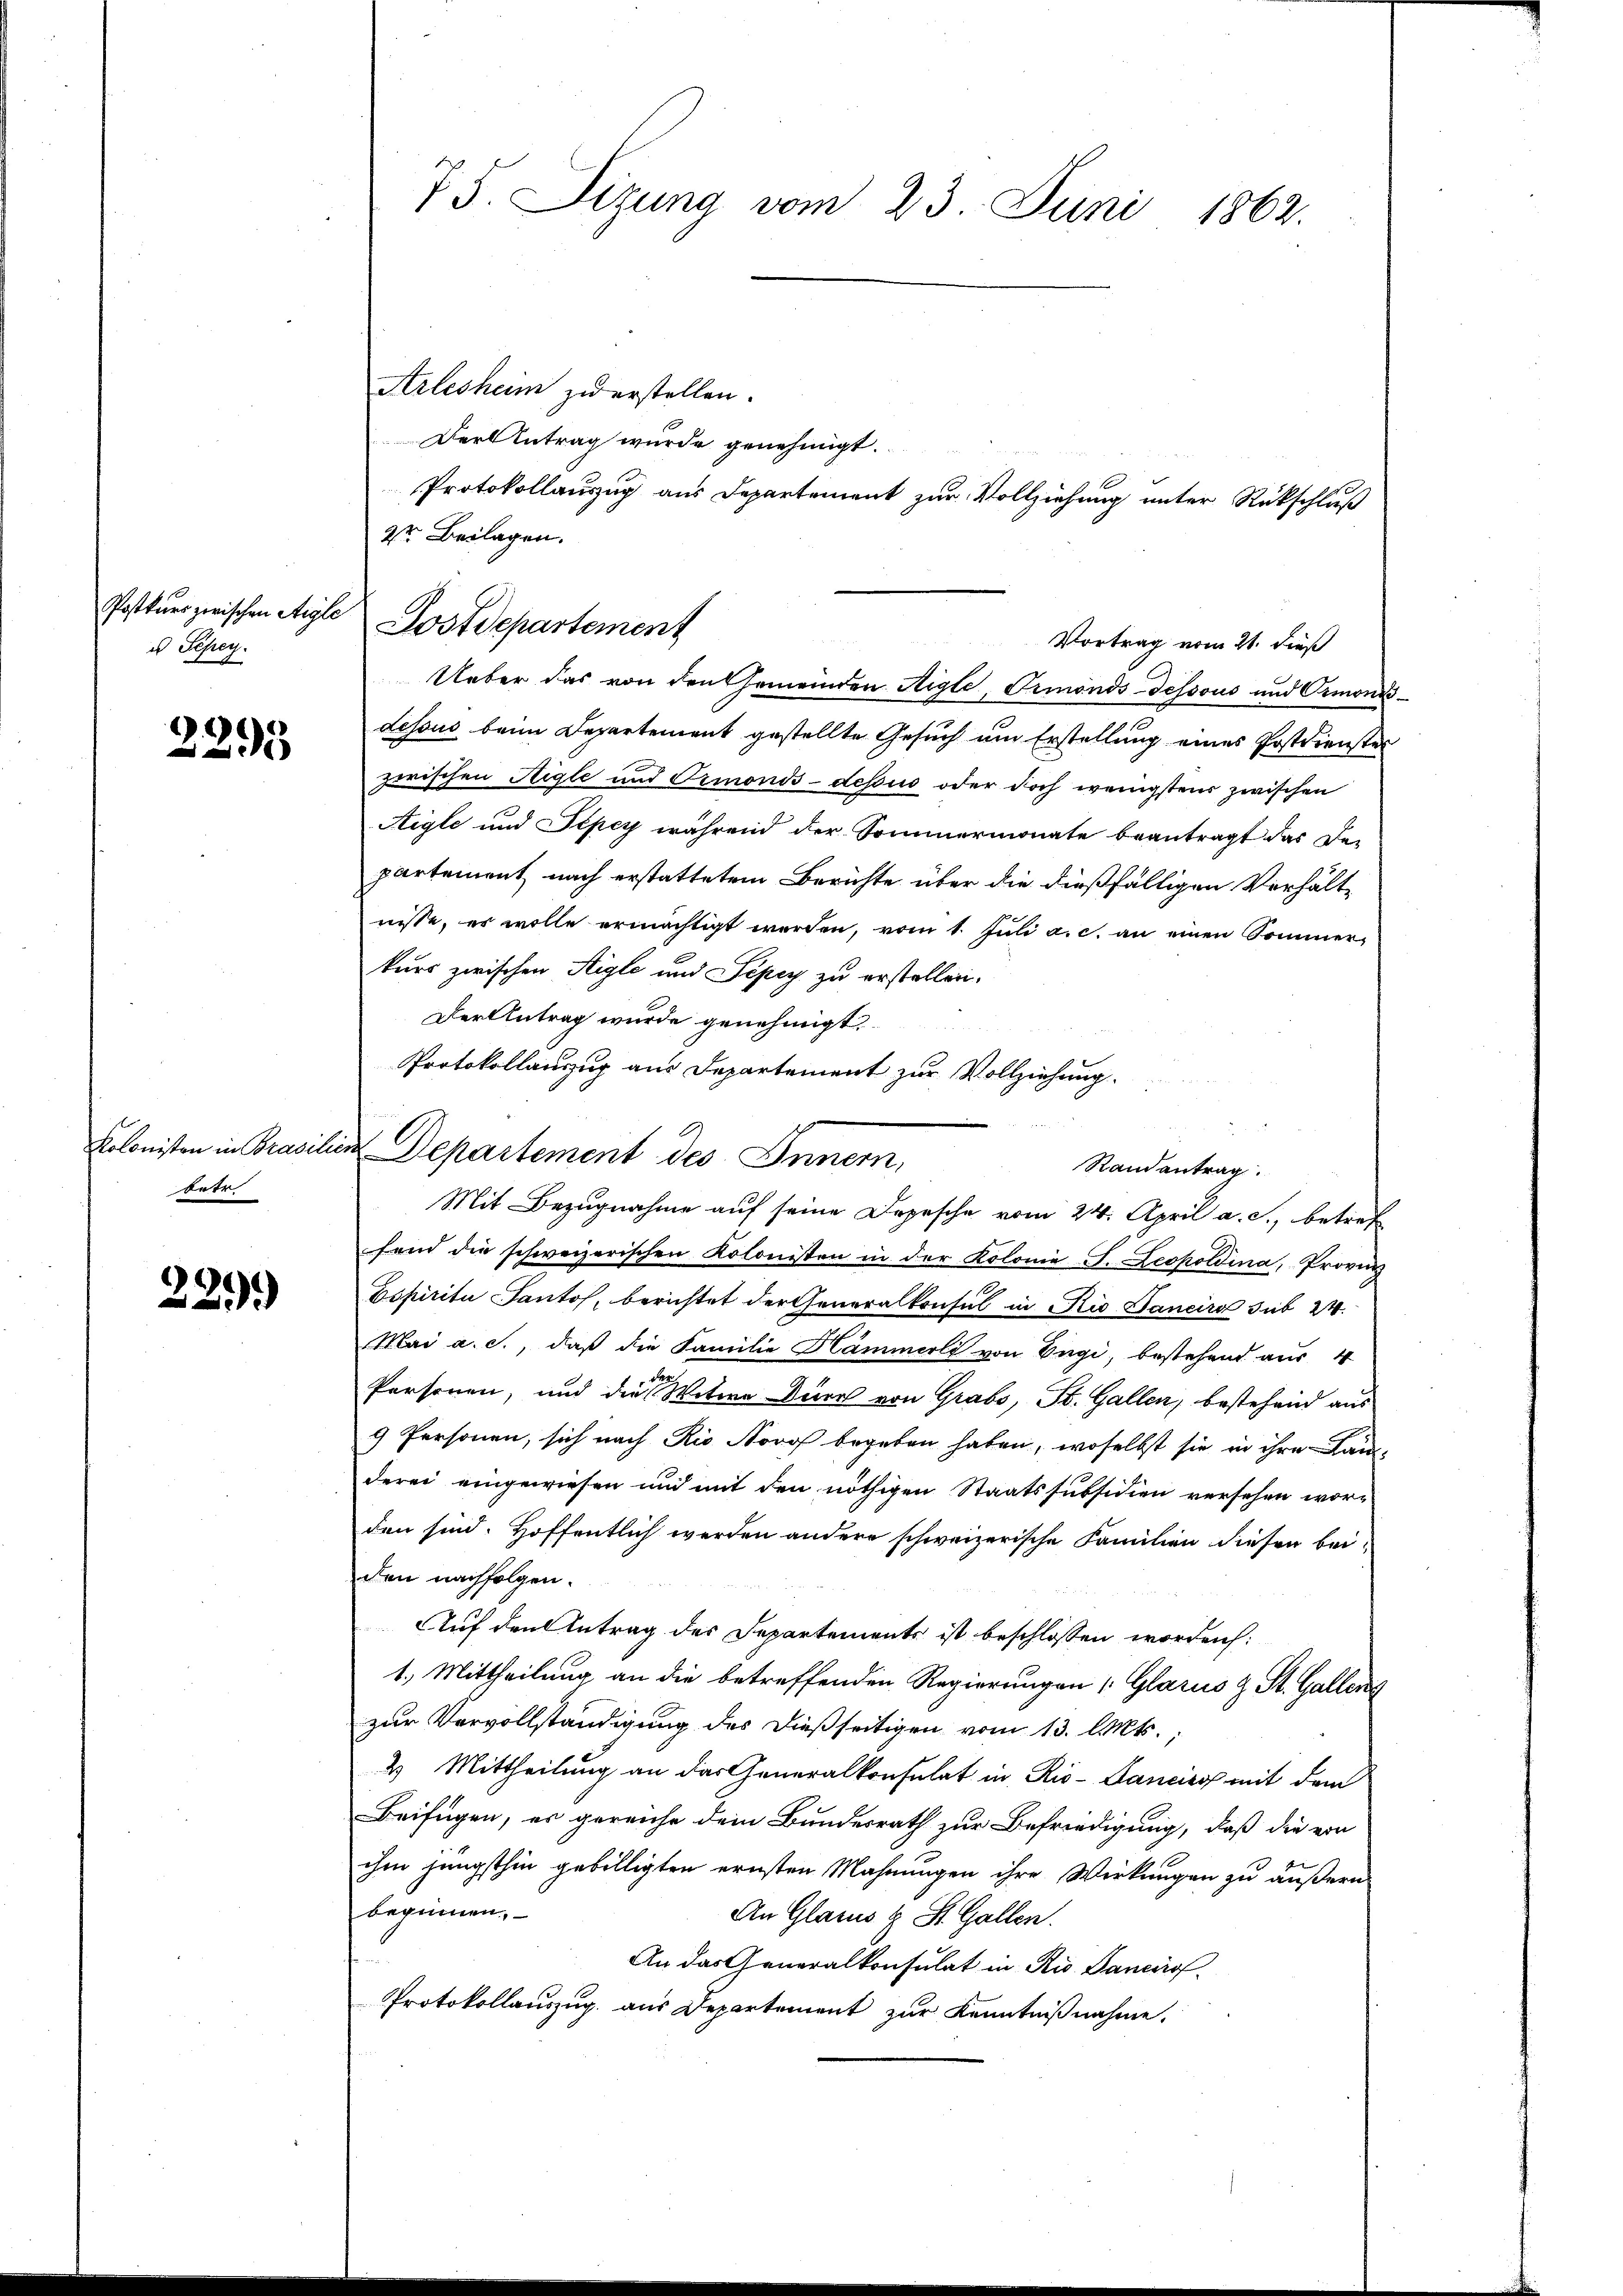
Postkurs zwischen Aigle
u Sepey.

2295

Kolonisten in Brasch
betr

229.

75. Sizung vom 23. Juni 1862.

Arlesheim zu erstellen.
Der Antrag wurde genehmigt.
Protokollauszug aus Departement zur Vollziehung unter Rückschluß
2te Beilagen.
Ueber das von den Gemeinden Nigte, Ormonds dessous und Ormonisdessus beim Departement gestellte Gesuch um Erstellung eines Postdienster
zwischen Sigle und Ormond-dessus oder doch wenigstens zwischen
Aigle und Piper während der Sommermonate beantragt das De-
partement nach erstattetem Berichte über die dießfälligen Verhält
nisse, es wolle ermächtigt werden, vom 1. Juli a. c. an einen Sommerkurs zwischen Aigle und Pepey zu erstellen.
Der Antrag wurde genehmigt.
Departement des Innern,
fend die schweizerischen Kolonisten in der Kolonie-S. Leopoldina, Provin
Dopirita Pantos, berichtet der Generalkonsul in Rio Sanciro sub 24
Mai a. c., daß die Familie Hämmerli von Engi, bestehend aus 4
Personen, und die Witwe Durch von Grabs, St. Gallen, bestehend aus
9 Personen, sich nach Rio Novo begeben haben, woselbst sie in ihre Landerei eingewiesen und mit den nöthigen Staatssubsidien versehen worden sind. Hoffentlich werden andere schweizerische Familien diesen beiden nachfolgen.
Auf den Antrag des Departements ist beschlossen worden:
1.) Mittheilung an die betreffenden Regierungen (Glarus & St. Gallens
zur Vervollständigung des dießseitigen vom 13. Mts.
2 Mittheilung an das Generalkonsulat in Rio- Sanciro mit dem
Beifügen, es gereiche dem Bundesrath zur Befriedigung, daß die von
ihm jüngsthin gebilligten ernsten Mahnungen ihre Wirkungen zu äußern
beginnen.
An Glarus & St. Gallen.
An das Generalkonsulat in Rio Sancirof
Protokollauszug aus Departement zur Kenntnißnahme.

Dostdepartement
Vortrag vom 21. dieß

Protokollauszug aus Departement zur Vollziehung.
Randantrag.
Mit Bezugnahme auf seine Depesche vom 24. April a. c., betref